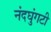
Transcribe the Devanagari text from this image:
नंदघुंगटी